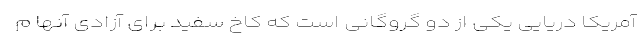
آمریکا دریایی یکی از دو گروگانی است که کاخ سفید برای آزادی آنها م